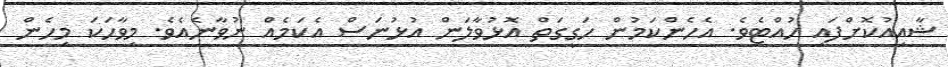
ޝާއިއުކޮށްފައި ހުއްޓެވެ. އެހެންކަމުން ހަގީގަތް އޮޅުވާލަން އުޅުނަސް އެކަމެއް ނުވާނެއެވެ. މިވާހަކަ މިހެން